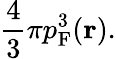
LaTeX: {\frac{4}{3}}\pi p_{\mathrm{F}}^{3}(\mathbf{r}).